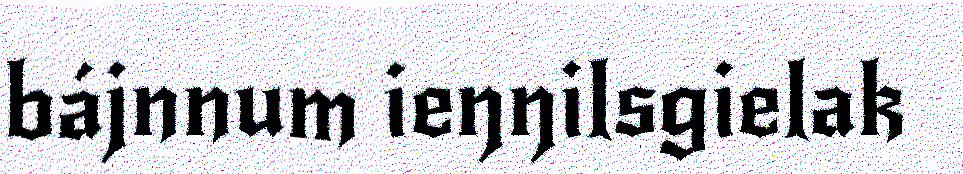
bájnnum ieŋŋilsgielak